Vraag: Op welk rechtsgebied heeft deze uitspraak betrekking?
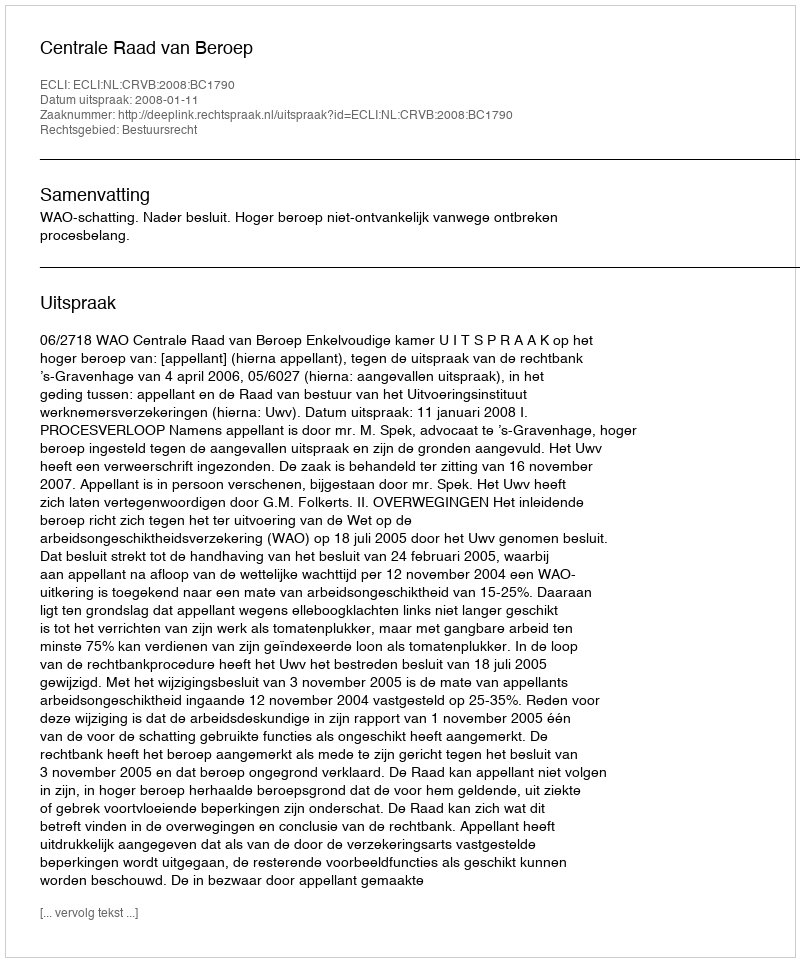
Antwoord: Bestuursrecht